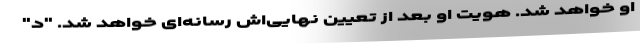
او خواهد شد. هویت او بعد از تعیین نهایی‌اش رسانه‌ای خواهد شد. "د"